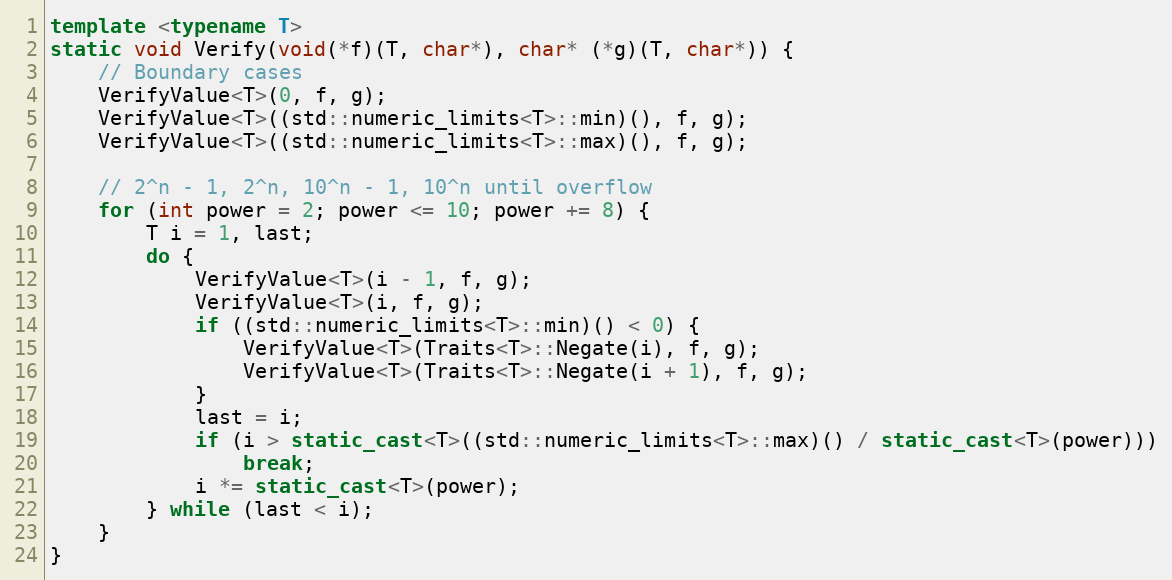
Language: C++
template <typename T>
static void Verify(void(*f)(T, char*), char* (*g)(T, char*)) {
    // Boundary cases
    VerifyValue<T>(0, f, g);
    VerifyValue<T>((std::numeric_limits<T>::min)(), f, g);
    VerifyValue<T>((std::numeric_limits<T>::max)(), f, g);

    // 2^n - 1, 2^n, 10^n - 1, 10^n until overflow
    for (int power = 2; power <= 10; power += 8) {
        T i = 1, last;
        do {
            VerifyValue<T>(i - 1, f, g);
            VerifyValue<T>(i, f, g);
            if ((std::numeric_limits<T>::min)() < 0) {
                VerifyValue<T>(Traits<T>::Negate(i), f, g);
                VerifyValue<T>(Traits<T>::Negate(i + 1), f, g);
            }
            last = i;
            if (i > static_cast<T>((std::numeric_limits<T>::max)() / static_cast<T>(power)))
                break;
            i *= static_cast<T>(power);
        } while (last < i);
    }
}